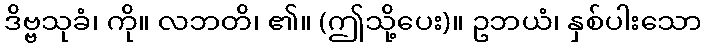
ဒိဗ္ဗသုခံ၊ ကို။ လဘတိ၊ ၏။ (ဤသို့ပေး)။ ဥဘယံ၊ နှစ်ပါးသော